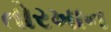
તોરખાન